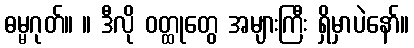
ဓမ္မဂုတ်။ ။ ဒီလို ဝတ္ထုတွေ အများကြီး ရှိမှာပဲနော်။